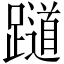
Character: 𬧖